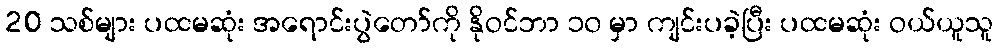
20 သစ်များ ပထမဆုံး အရောင်းပွဲတော်ကို နိုဝင်ဘာ ၁၀ မှာ ကျင်းပခဲ့ပြီး ပထမဆုံး ဝယ်ယူသူ